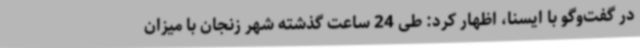
در گفت‌وگو با ایسنا، اظهار کرد: طی 24 ساعت گذشته شهر زنجان با میزان